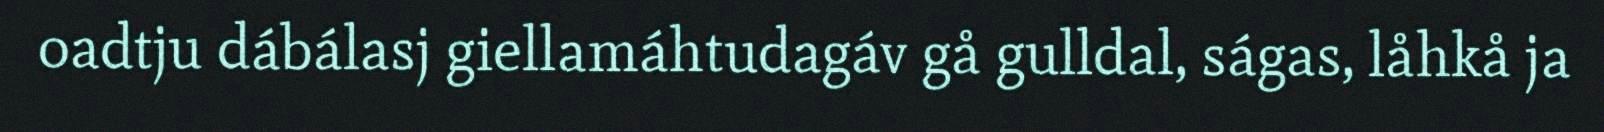
oadtju dábálasj giellamáhtudagáv gå gulldal, ságas, låhkå ja